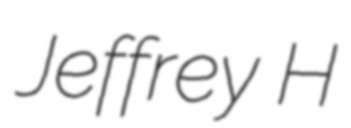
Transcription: Jeffrey H